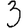
Digit: 3